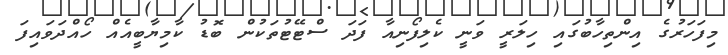
މިފަހަރުގެ އިންތިހާބުގައި ހިލަރީ ވަނީ ކެލިފޯނިއާ ފަދަ ސްޓޭޓުތަކުން ބޮޑު ކާމިޔާބީއެއް ހޯއްދަވައިފަ